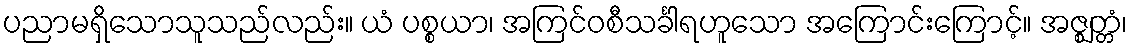
ပညာမရှိသောသူသည်လည်း။ ယံ ပစ္စယာ၊ အကြင်ဝစီသင်္ခါရဟူသော အကြောင်းကြောင့်။ အဇ္ဈတ္တံ၊